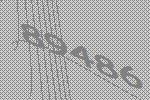
89486